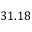
3 1 . 1 8